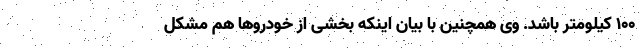
۱۰۰ کیلومتر باشد. وی همچنین با بیان اینکه بخشی از خودروها هم مشکل